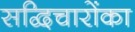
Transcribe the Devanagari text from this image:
सद्विचारोंका